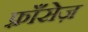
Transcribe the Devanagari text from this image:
फ़्राँसेज़